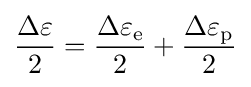
{\Delta \varepsilon  \over 2}={\Delta \varepsilon _{\text{e}} \over 2}+{\Delta \varepsilon _{\text{p}} \over 2}